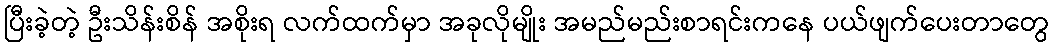
ပြီးခဲ့တဲ့ ဦးသိန်းစိန် အစိုးရ လက်ထက်မှာ အခုလိုမျိုး အမည်မည်းစာရင်းကနေ ပယ်ဖျက်ပေးတာတွေ